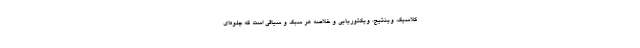
کلاسیک، وینتیج، ویکتوریایی و خلاصه هر سبک و سیاقی است که جلوه‌ای